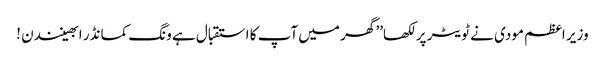
وزیر اعظم مودی نے ٹویٹر پر لکھا’’ گھر میں آپ کا استقبال ہے ونگ کمانڈر ابھینندن !